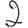
Digit: 2